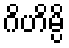
ဂိဟိမ္ပိ